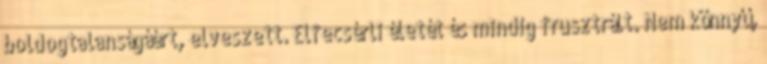
boldogtalanságáért, elveszett. Elfecsérli életét és mindig frusztrált. Nem könnyű,